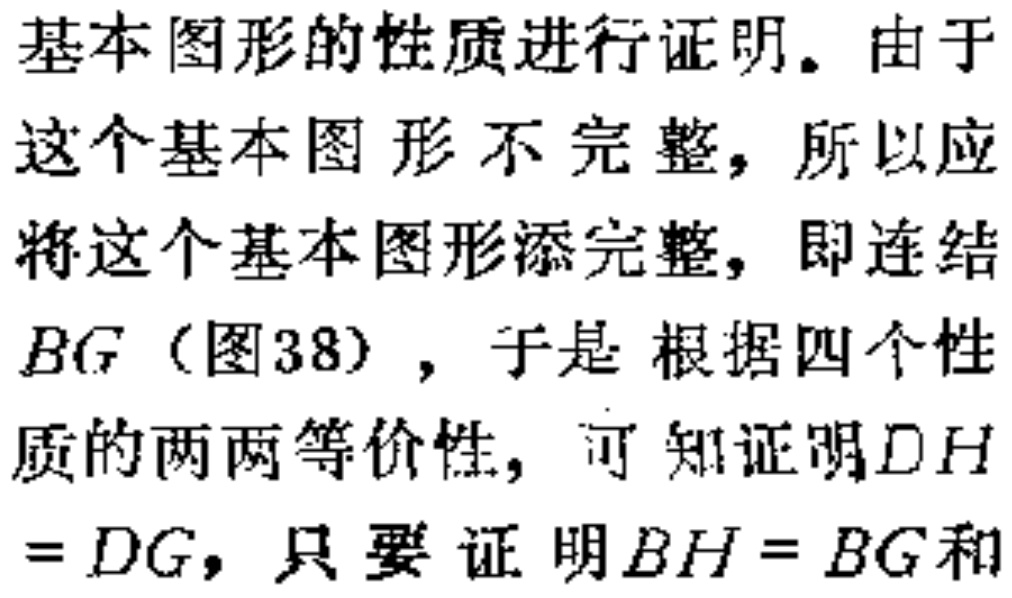
基本图形的性质进行证明。由于这个基本图形不完整，所以应将这个基本图形添完整，即连结\(BG\)（图38），于是根据四个性质的两两等价性，可知证明\(DH = DG\)，只要证明\(BH = BG\)和